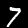
Label: 7